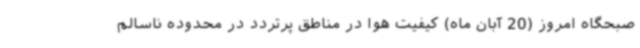
صبحگاه امروز (20 آبان ماه) کیفیت هوا در مناطق پرتردد در محدوده ناسالم